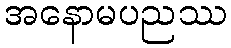
အနောမပညဿ